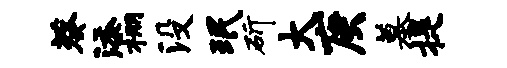
葵添棚没珉斫大庚墓提